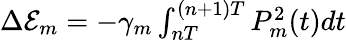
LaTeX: \begin{array}{r}{\Delta\mathcal{E}_{m}=-\gamma_{m}\int_{nT}^{(n+1)T}P_{m}^{2}(t)dt}\end{array}